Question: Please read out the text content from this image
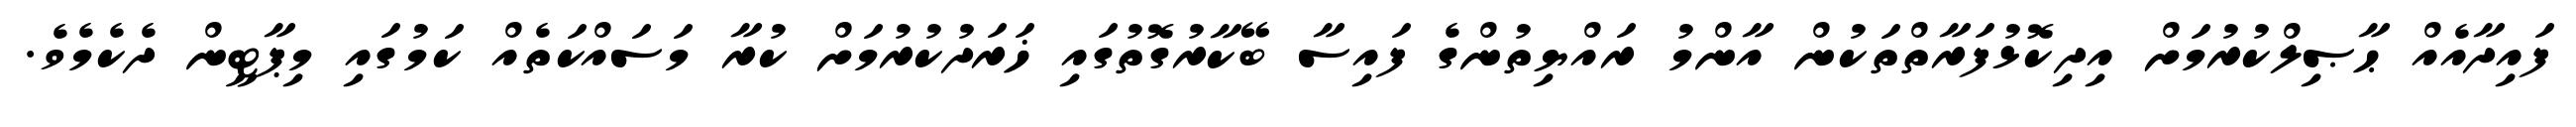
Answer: ފައިދާއެއް ޙާޞިލްކުރުމަށް އިދިކޮޅުފަރާތްތަކުން އާންމު ރައްޔިތުންގެ ފައިސާ ބޭކާރުގޮތުގައި ޚަރަދުކުރުމަށް ކުރާ މަސައްކަތެއް ކަމުގައި މިޕާޓީން ދެކެމެވެ.